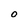
Character: O